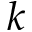
k